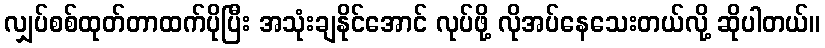
လျှပ်စစ်ထုတ်တာထက်ပိုပြီး အသုံးချနိုင်အောင် လုပ်ဖို့ လိုအပ်နေသေးတယ်လို့ ဆိုပါတယ်။